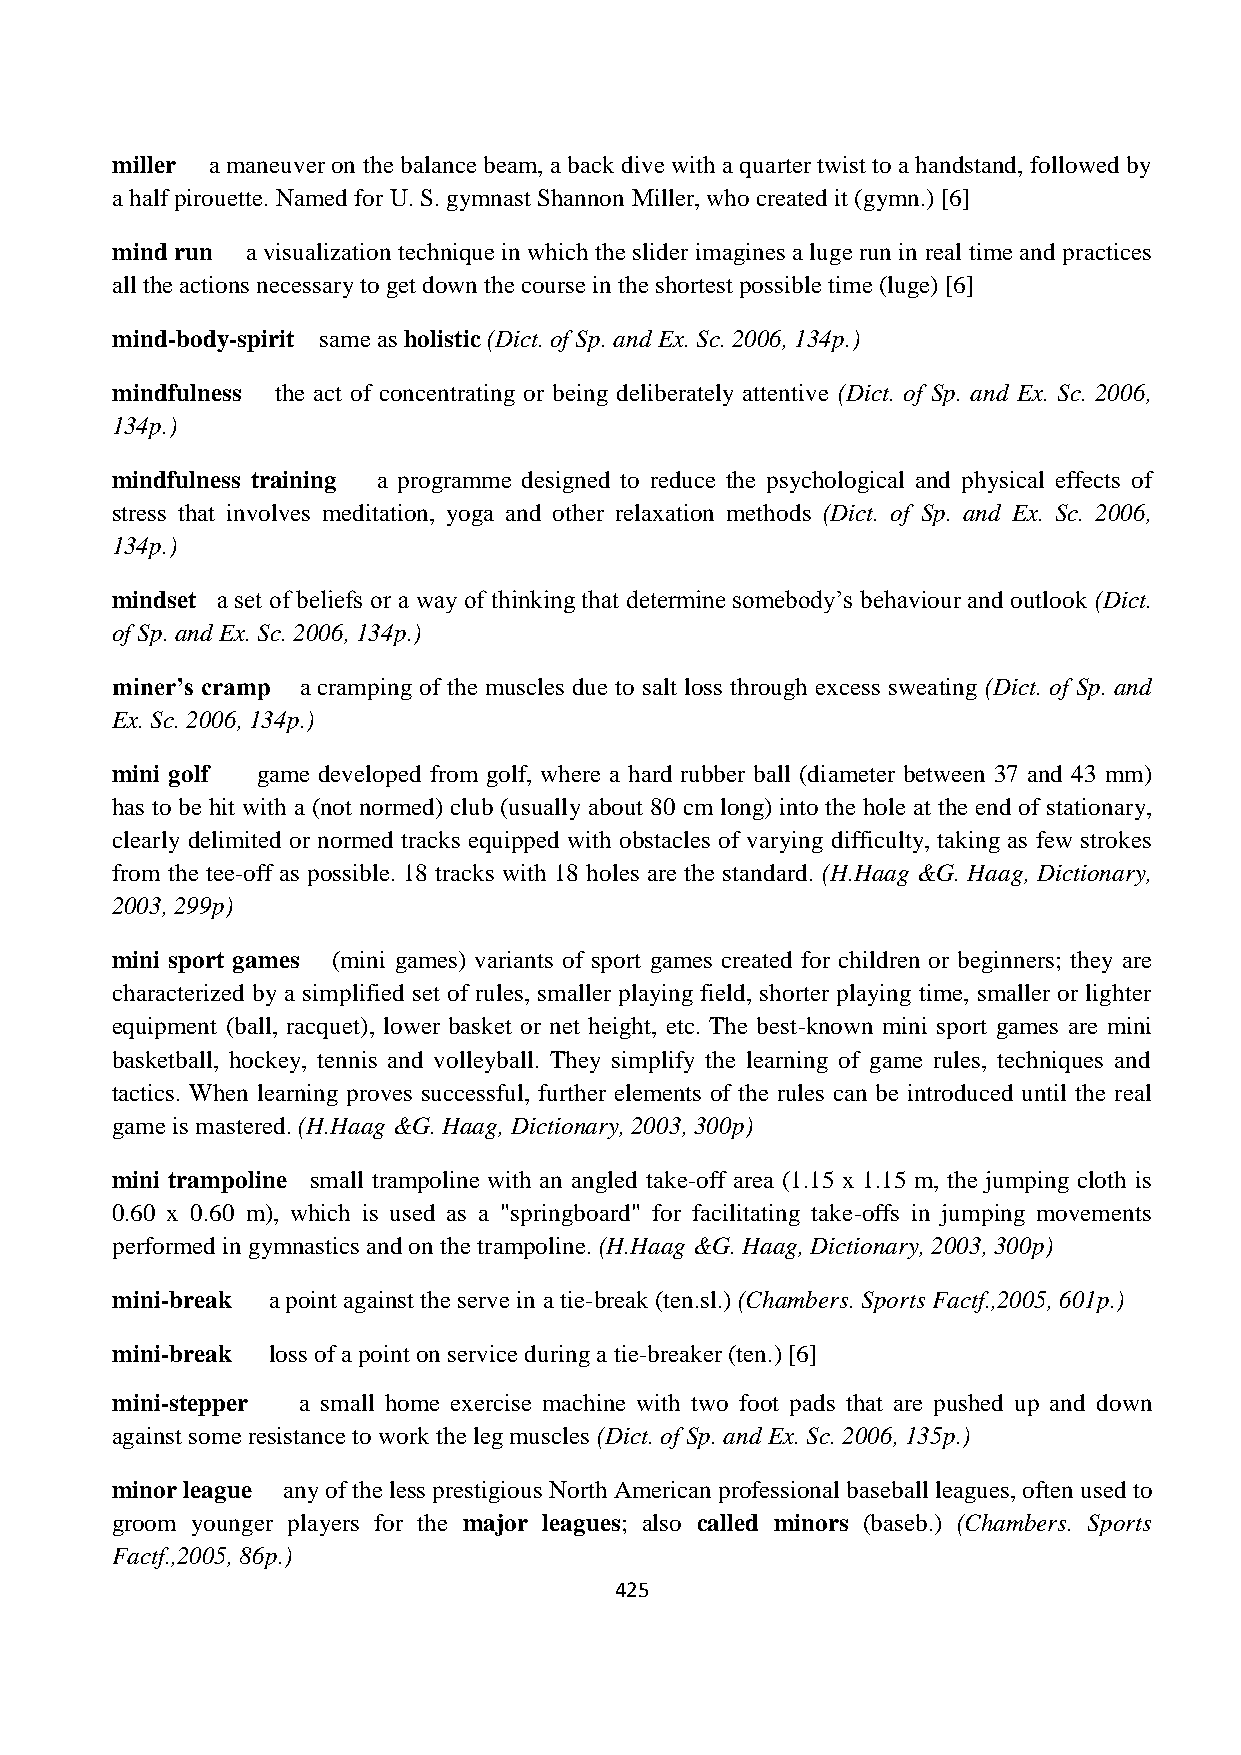
miller a maneuver on the balance beam, a back dive with a quarter twist to a handstand, followed by
 a half pirouette. Named for U. S. gymnast Shannon Miller, who created it (gymn.) [6]
 mind run a visualization technique in which the slider imagines a luge run in real time and practices
 all the actions necessary to get down the course in the shortest possible time (luge) [6]
 mind-body-spirit same as holistic (Dict. of Sp. and Ex. Sc. 2006, 134p.)
 mindfulness the act of concentrating or being deliberately attentive (Dict. of Sp. and Ex. Sc. 2006,
 134p.)
 mindfulness training a programme designed to reduce the psychological and physical effects of
 stress that involves meditation, yoga and other relaxation methods (Dict. of Sp. and Ex. Sc. 2006,
 134p.)
 mindset a set of beliefs or a way of thinking that determine somebody’s behaviour and outlook (Dict.
 of Sp. and Ex. Sc. 2006, 134p.)
 miner’s cramp a cramping of the muscles due to salt loss through excess sweating (Dict. of Sp. and
 Ex. Sc. 2006, 134p.)
 mini golf game developed from golf, where a hard rubber ball (diameter between 37 and 43 mm)
 has to be hit with a (not normed) club (usually about 80 cm long) into the hole at the end of stationary,
 clearly delimited or normed tracks equipped with obstacles of varying difficulty, taking as few strokes
 from the tee-off as possible. 18 tracks with 18 holes are the standard. (H.Haag &G. Haag, Dictionary,
 2003, 299p)
 mini sport games (mini games) variants of sport games created for children or beginners; they are
 characterized by a simplified set of rules, smaller playing field, shorter playing time, smaller or lighter
 equipment (ball, racquet), lower basket or net height, etc. The best-known mini sport games are mini
 basketball, hockey, tennis and volleyball. They simplify the learning of game rules, techniques and
 tactics. When learning proves successful, further elements of the rules can be introduced until the real
 game is mastered. (H.Haag &G. Haag, Dictionary, 2003, 300p)
 mini trampoline small trampoline with an angled take-off area (1.15 x 1.15 m, the jumping cloth is
 0.60 x 0.60 m), which is used as a "springboard" for facilitating take-offs in jumping movements
 performed in gymnastics and on the trampoline. (H.Haag &G. Haag, Dictionary, 2003, 300p)
 mini-break a point against the serve in a tie-break (ten.sl.) (Chambers. Sports Factf.,2005, 601p.)
 mini-break loss of a point on service during a tie-breaker (ten.) [6]
 mini-stepper a small home exercise machine with two foot pads that are pushed up and down
 against some resistance to work the leg muscles (Dict. of Sp. and Ex. Sc. 2006, 135p.)
 minor league any of the less prestigious North American professional baseball leagues, often used to
 groom younger players for the major leagues; also called minors (baseb.) (Chambers. Sports
 Factf.,2005, 86p.)
 425